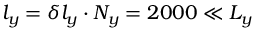
l _ { y } = \delta l _ { y } \cdot N _ { y } = 2 0 0 0 \ll L _ { y }